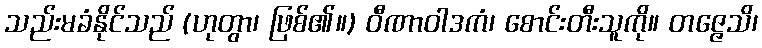
သည်းမခံနိုင်သည် (ဟုတွာ၊ ဖြစ်၏။) ဝီဏာဝါဒကံ၊ စောင်းတီးသူကို။ တဇ္ဇေသိ၊